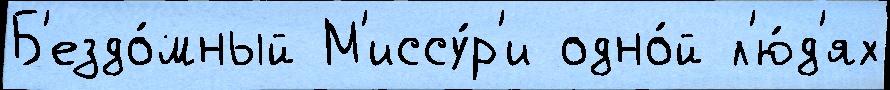
Б'ездо́мный М'иссу́р'и одно́й л'ю́д'ях